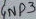
Text: GND3